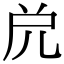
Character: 𠒁